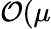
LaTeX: \mathcal{O}(\mu